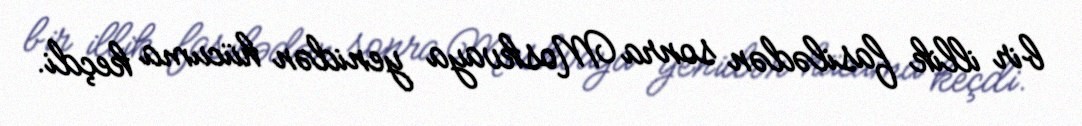
bir illik fasilədən sonra Moskvaya yenidən hücuma keçdi.